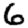
Digit: 6